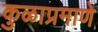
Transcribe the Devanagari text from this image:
कुळाप्रमाणे